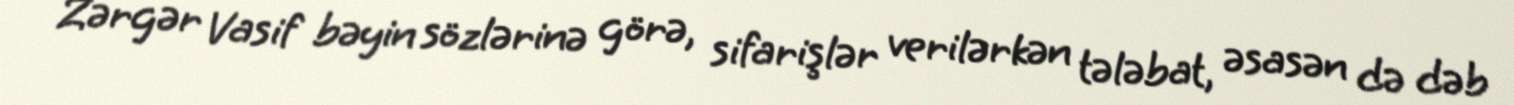
Zərgər Vasif bəyin sözlərinə görə, sifarişlər verilərkən tələbat, əsasən də dəb